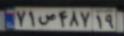
۷۱ص۴۸۷۱۹